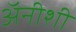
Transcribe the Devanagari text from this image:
अॅनीशी